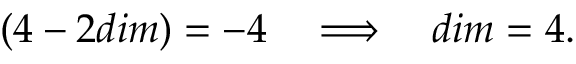
( 4 - 2 d i m ) = - 4 \quad \Longrightarrow \quad d i m = 4 .